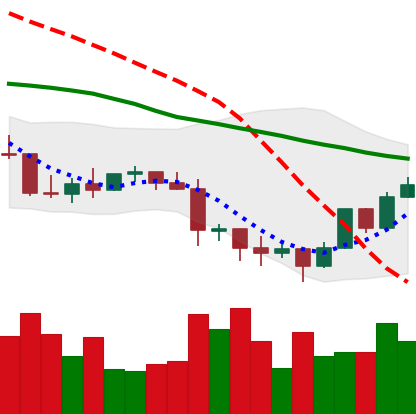
Ticker: LTC-USD
Chart end date: 2022-01-15
Forward return: -11.878%
Label: down_7plus